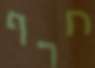
חרף